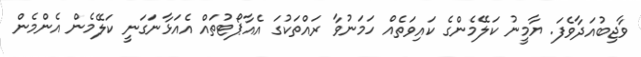
ވާޖިބުއަދާވެފަ. ޔާމީނު ކަލޭމެންގެ ކައިވަތެއް ހަމަނުވާ ރައްތަކުގަ އެއާޕޯޓުތައް އެއަޅާނަގަނީ ކަލޭމެން އެންމެން